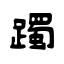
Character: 躅